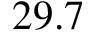
2 9 . 7